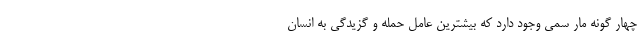
چهار گونه مار سمی وجود دارد که بیشترین عامل حمله و گزیدگی به انسان